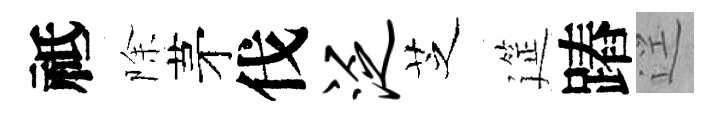
祗除茅伐泛芝筵蹖逕